Document type: Grant
Year: 1310
Scribe: [Unknown]
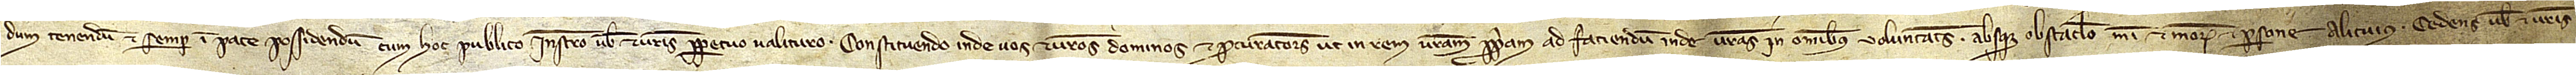
dum, tenendum et semper in pace possidendum cum hoc publico instrumento vobis et vestris perpetuo valituro. Constituendo inde vos et vestros dominos et procuratores ut in rem vestram propriam ad faciendum inde vestras in omnibus voluntates absque obstaculo mei et meorum et persone alicuius. Cedens vobis et vestris